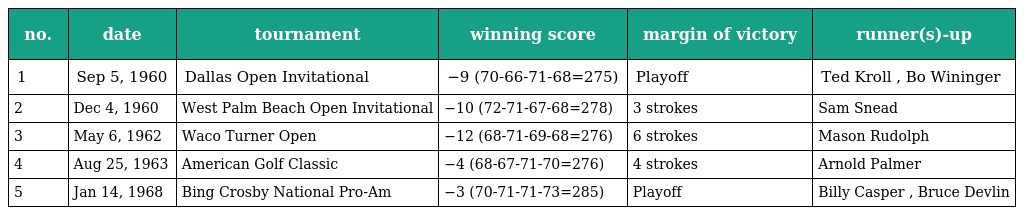
| no. | date | tournament | winning score | margin of victory | runner(s)-up |
 | --- | --- | --- | --- | --- | --- |
 | 1 | Sep 5, 1960 | Dallas Open Invitational | −9 (70-66-71-68=275) | Playoff | Ted Kroll , Bo Wininger |
 | 2 | Dec 4, 1960 | West Palm Beach Open Invitational | −10 (72-71-67-68=278) | 3 strokes | Sam Snead |
 | 3 | May 6, 1962 | Waco Turner Open | −12 (68-71-69-68=276) | 6 strokes | Mason Rudolph |
 | 4 | Aug 25, 1963 | American Golf Classic | −4 (68-67-71-70=276) | 4 strokes | Arnold Palmer |
 | 5 | Jan 14, 1968 | Bing Crosby National Pro-Am | −3 (70-71-71-73=285) | Playoff | Billy Casper , Bruce Devlin |